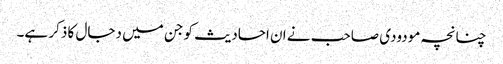
چنانچہ مودودی صاحب نے ان احادیث کو جن میں دجال کا ذکر ہے۔